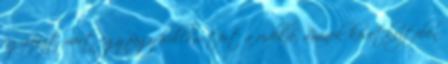
egyrészt mert egy fagy-hullám tört a vidékre, aminek következtében